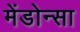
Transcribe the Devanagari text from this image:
मेंडोन्सा